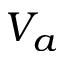
V _ { a }